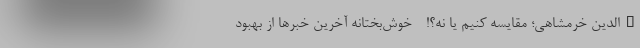
ءالدین خرمشاهی؛ مقایسه کنیم یا نه؟! - خوش‌بختانه آخرین خبرها از بهبود